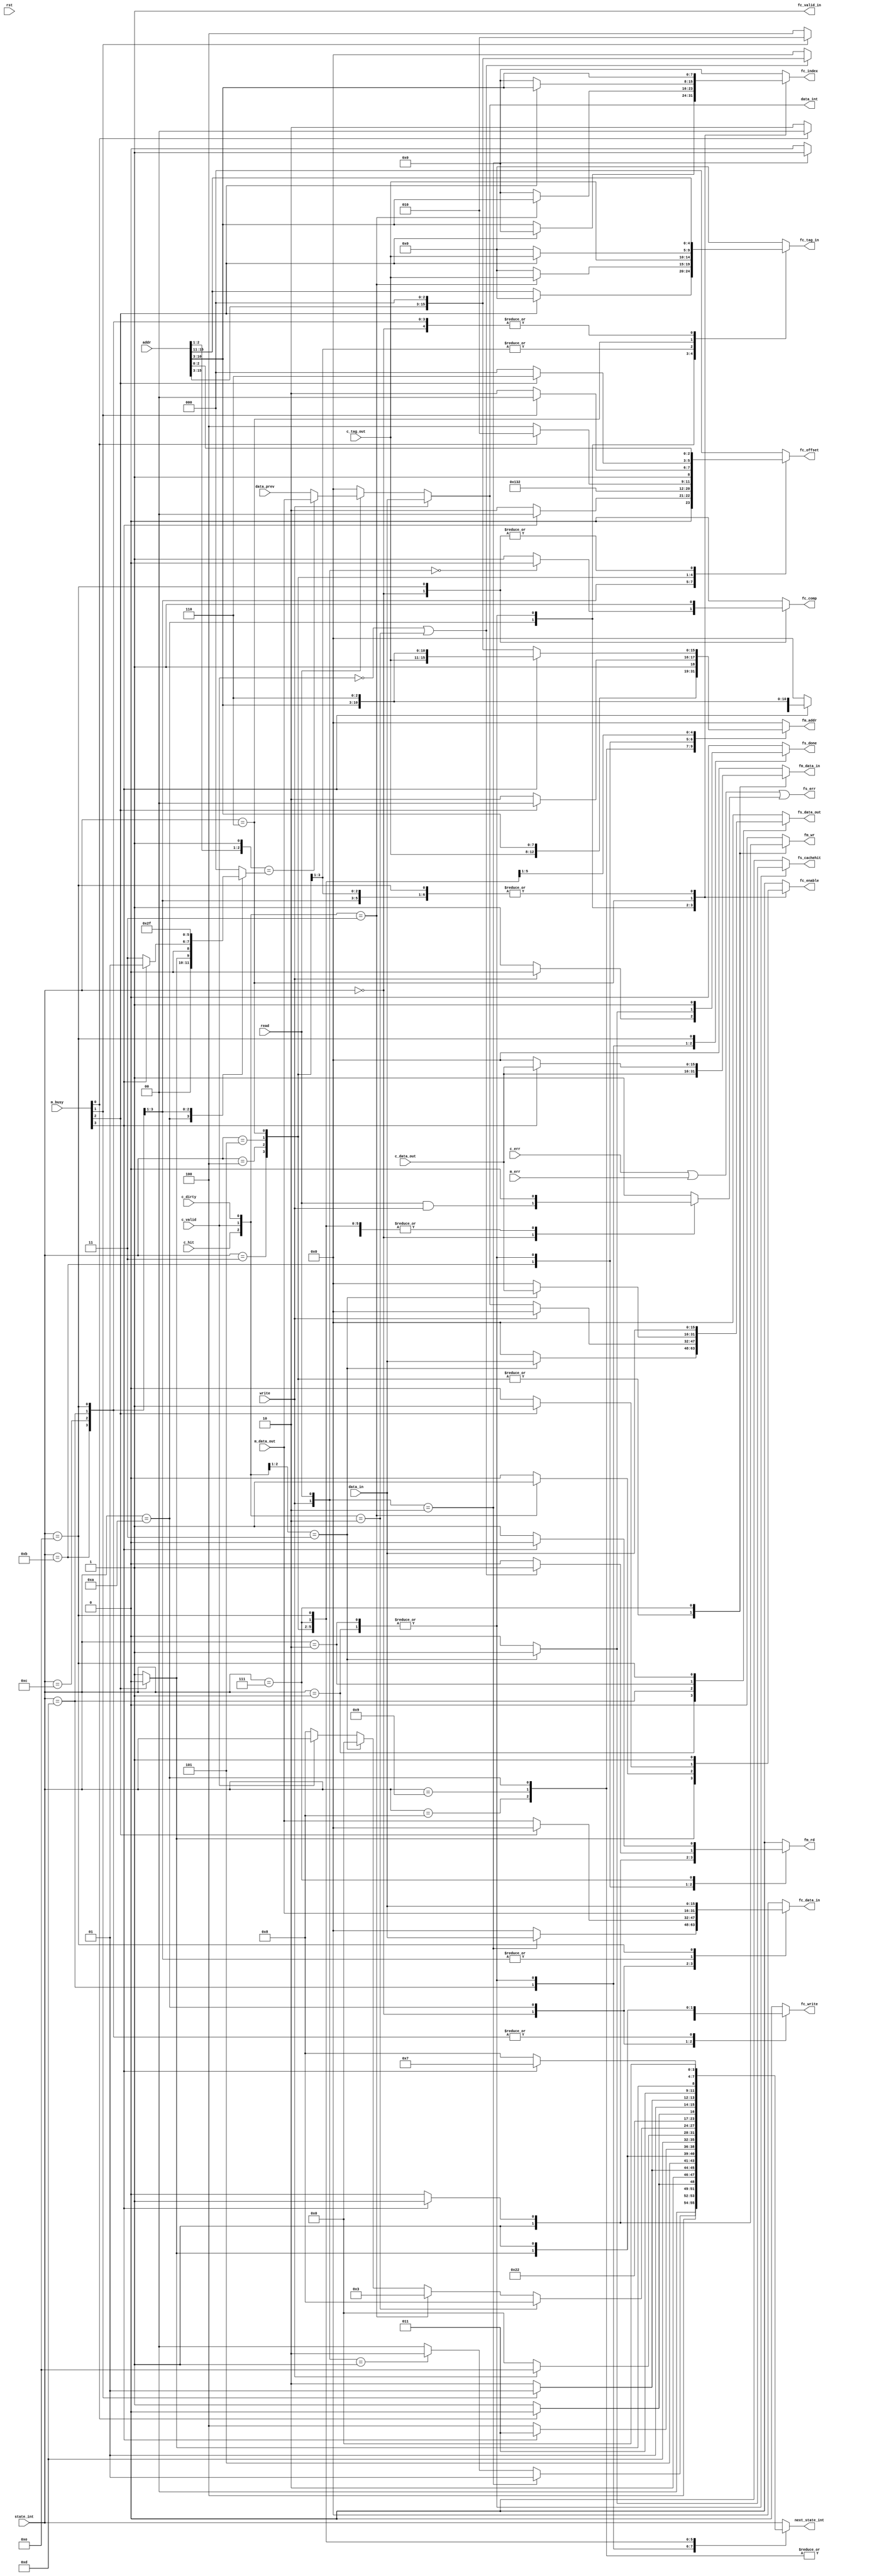
module cache_fsm_wrapper(
		// Inputs
		addr,data_in,read,write,rst,
		c_tag_out,c_data_out,c_hit,c_dirty,c_valid,c_err,
		m_data_out,m_busy,m_err,state_int,data_prev,

		// Outputs	
		fc_enable,fc_tag_in,fc_index,fc_offset,fc_data_in,fc_comp,fc_write,fc_valid_in,
		fm_addr,fm_data_in,fm_wr,fm_rd,
		fs_data_out,fs_done,fs_cachehit,fs_err,next_state_int,data_int
	);

	//initial begin
	//	 $monitor("err=%d values = %d%d%d \n", fs_err, c_hit, c_valid, c_dirty );
	//end
	
	// Inputs
	input [15:0] addr,data_in,c_data_out,m_data_out;
	input [4:0] c_tag_out;
	input [3:0] m_busy;
	input c_hit,c_dirty,c_valid,c_err,m_err,read,write,rst;
		
	// Outputs	
	output reg [15:0] fm_addr,fm_data_in,fs_data_out,fc_data_in;
	output reg [7:0] fc_index;
	output reg [4:0] fc_tag_in;
	output reg [2:0] fc_offset;
	output reg fc_enable,fc_comp,fc_write,fc_valid_in,fm_wr,fm_rd,fs_done,fs_cachehit;

	// Outputs not in case statement
	output fs_err;
	
	// Internal regs and wires
	reg [2:0] read_offset;
	reg [3:0] state,next_state;
	input [3:0] state_int;
	output [3:0] next_state_int;
	reg f_err;

	//Intermediate
	input [15:0] data_prev;
	output [15:0] data_int;
	/*
	* _______STATE_KEY______
	*
	* 	IDLE :		0000
	* 	COMP_WRITE : 	0001
	* 	COMP_READ : 	0010
	* 	EVICT_1 :	0011
	* 	EVICT_2 :	0100
	* 	EVICT_3 :	0101
	* 	EVICT_4 :	0110
	* 	EVICT_5 :	0111
	* 	MEM_ACC_1 : 	1000
	* 	MEM_ACC_2 :	1001
	* 	MEM_ACC_3 :	1010
	* 	MEM_ACC_4 :	1011
	* 	MEM_ACC_5 :	1100
	* 	MEM_ACC_6 :	1101
	* 	ACC_WRITE :     1110
	*/

        assign data_int = write ? data_in : 
			  ~read ? 16'd0 :
			  ({addr[2:1],1'b1} == read_offset) ? m_data_out :
			  data_prev;

	//assign state_int = state;
	assign next_state_int = next_state;
	
	assign fs_err = c_err | m_err | f_err;

	always@(*) begin	
		
		// Set to default, only change necessary
		fm_addr 	= 16'd0;
		fm_data_in	= 16'd0;
		fc_data_in	= 16'd0;
		fc_index	= 8'd0;
		fc_tag_in	= 5'd0;
		fc_offset	= 3'd0;
		fc_enable	= 1'b0;
		fc_comp		= 1'b0;
		fc_write	= 1'b0;
		fc_valid_in	= 1'b1; // Should always be valid execpt on reset
		fm_wr		= 1'b0;
		fm_rd		= 1'b0;
		fs_done		= 1'b0;
		fs_cachehit	= 1'b0;
		fs_data_out	= 16'd0;
		f_err		= 1'b0;
		read_offset 	= 3'b000;
		
		state = state_int;	
		next_state = state;
		case(state)
			4'b0000://IDLE
			begin
				next_state = ({write, read} == 2'b10) ? 4'b0001
					: ({write, read} == 2'b01) ? 4'b0010 
					: 4'b0000;

				fc_comp = ({write, read} == 2'b00) ? 1'b0 : 1'b1;
				fc_write = ({write, read} == 2'b10) ? 1'b1 : 1'b0;
				fc_enable = 1'b1;
				fc_offset = addr[2:0];
				fc_index = addr[10:3];
				fc_tag_in = addr[15:11];
				fc_data_in = ({write, read} == 2'b10) ? data_in : 16'd0;
				f_err = read & write;
			end

			4'b0001://COMP_WRITE
			begin
				next_state = ({c_hit, c_valid, c_dirty} == 3'b010) ? 4'b1000
					: ({c_hit, c_valid, c_dirty} == 3'b011) ? 4'b0011
					: ({c_hit, c_valid} == 2'b11) ? 4'b0000
					: (c_valid == 1'b0) ? 4'b1000 
					: state;	
				fs_done = ({c_hit, c_valid} == 2'b11) ? 1'b1 : 1'b0;
				fs_cachehit = ({c_hit, c_valid} == 2'b11) ? 1'b1 : 1'b0;
				fs_data_out = ({c_hit, c_valid} == 2'b11) ? data_in : 16'd0;
				fm_rd = ((c_valid == 1'b0) | ({c_hit, c_valid, c_dirty} == 3'b010)) ? 1'b1 : 1'b0;
				fm_addr = ((c_valid == 1'b0) | ({c_hit, c_valid, c_dirty} == 3'b010)) ? {addr[15:3], 3'b000}  : 16'd0;
				
				// Read from cache word 0
				fc_enable = ({c_hit, c_valid, c_dirty} == 3'b011) ? 1'b1 : 1'b0;
				fc_tag_in = ({c_hit, c_valid, c_dirty} == 3'b011) ? c_tag_out : 3'd0;
				fc_index = ({c_hit, c_valid, c_dirty} == 3'b011) ? addr[10:3] : 8'd0;
			end	

			4'b1000: // MEM_ACC_1
			begin
				fm_wr = 1'b0;
				fm_rd = 1'b1;
				
				next_state = (m_busy[0]) ? 4'b1000 : 4'b1001;
				fm_addr = (m_busy[0]) ? {addr[15:3], 3'b000} : {addr[15:3], 3'b010};
			end

			4'b1001://MEM_ACC_2
			begin
				fm_wr = 1'b0;
				fm_rd = 1'b1;
				
				next_state = (m_busy[1]) ? 4'b1001 : 4'b1010;
				fm_addr = (m_busy[1]) ? {addr[15:3], 3'b010} : {addr[15:3], 3'b100};
			end

			4'b1010://MEM_ACC_3
			begin
				fm_wr = 1'b0;
				fm_rd = 1'b1;
				
				next_state = (m_busy[2]) ? 4'b1010 : 4'b1011;
				fm_addr = (m_busy[2]) ? {addr[15:3], 3'b100} : {addr[15:3], 3'b110};
				
				fc_enable = (m_busy[2]) ? 1'b0 : 1'b1;
				fc_write = (m_busy[2]) ? 1'b0 : 1'b1;
				fc_tag_in = (m_busy[2]) ? 5'd0 : addr[15:11];
				fc_index = (m_busy[2]) ? 8'd0 : addr[10:3];
				fc_data_in = (m_busy[2]) ? 16'd0 : m_data_out;//writing word 0 in cache
				read_offset = (m_busy[2]) ? 3'b000 : 3'b001;
			end

			4'b1011://MEM_ACC_4
			begin
				fm_rd = (m_busy[3]) ? 1'b1 : 1'b0;
				
				next_state = (m_busy[3]) ? 4'b1011 : 4'b1100;
				fm_addr = (m_busy[3]) ? {addr[15:3], 3'b110} : 16'd0;
				
				fc_enable = 1'b1;
				fc_write = 1'b1;
				fc_tag_in = addr[15:11];
				fc_index = addr[10:3];
				fc_offset = (m_busy[3]) ? 3'b000 : 3'b010;
				fc_data_in = m_data_out;//writing word in cache
				read_offset = (m_busy[3]) ? 3'b001 : 3'b011;
			end

			4'b1100://MEM_ACC_5
			begin
				next_state = 4'b1101;//MEM_ACC_6
				fc_enable = 1'b1;
				fc_write = 1'b1;
				fc_offset = 3'b100;
				fc_tag_in = addr[15:11];
				fc_index = addr[10:3];
				fc_data_in = m_data_out; //writing word 2 in cache
				read_offset = 3'b101;

			end
			
			4'b1101://MEM_ACC_6
			begin
				fc_enable = 1'b1;
				fc_write = 1'b1;
				fc_offset = 3'b110;
				fc_tag_in = addr[15:11];
				fc_index = addr[10:3];
				fc_data_in = m_data_out; //writing word 3 in cache
				read_offset = 3'b111;
				
				fs_done = (write) ? 1'b0 : 1'b1;
				next_state = (write) ? 4'b1110 : 4'b0000;
				fs_data_out = (write) ? 16'd0 : data_int;
			end


			4'b0010://COMP_READ
			begin
				next_state = ({c_hit, c_valid, c_dirty} == 3'b010) ? 4'b1000
					: ({c_hit, c_valid, c_dirty} == 3'b011) ? 4'b0011
					: ({c_hit, c_valid} == 2'b11) ? 4'b0000
					: (c_valid == 1'b0) ? 4'b1000 
					: state;	
				fs_done = ({c_hit, c_valid} == 2'b11) ? 1'b1 : 1'b0;
				fs_cachehit = ({c_hit, c_valid} == 2'b11) ? 1'b1 : 1'b0;
				fs_data_out = ({c_hit, c_valid} == 2'b11) ? c_data_out : 16'd0;
				fm_rd = ((c_valid == 1'b0) | ({c_hit, c_valid, c_dirty} == 3'b010)) ? 1'b1 : 1'b0;
				fm_addr = ((c_valid == 1'b0) | ({c_hit, c_valid, c_dirty} == 3'b010)) ? {addr[15:3], 3'b000}  : 16'd0;
				
				// Read from cache word 0
				fc_enable = ({c_hit, c_valid, c_dirty} == 3'b011) ? 1'b1 : 1'b0;
				fc_tag_in = ({c_hit, c_valid, c_dirty} == 3'b011) ? c_tag_out : 3'd0;
				fc_index = ({c_hit, c_valid, c_dirty} == 3'b011) ? addr[10:3] : 8'd0;
			end

			4'b0011: // EVICT_1
			begin
				next_state = 4'b0100; // EVICT_2
				fc_enable = 1'b1;
				fc_index = addr[10:3];
				fc_tag_in = c_tag_out;
				fc_offset = 3'b010; // Read word 1
				
				// Write to mem
				fm_wr = 1'b1;
				fm_rd = 1'b0;
				fm_addr = {c_tag_out, addr[10:3], 3'b000}; // bank 0
				fm_data_in = c_data_out;
			end


			4'b0100: // EVICT_2
			begin
				next_state = m_busy[0] ? 4'b0100 : 4'b0101;
				fc_enable = 1'b1;
				fc_index = addr[10:3];
				fc_tag_in = c_tag_out;
				fc_offset = m_busy[0] ? 3'b010 : 3'b100;
				
				fm_wr = 1'b1;
				fm_rd = 1'b0;
				fm_addr = m_busy[0] ?  {c_tag_out, addr[10:3], 3'b000} :  // bank 0
					{c_tag_out, addr[10:3], 3'b010}; // bank 1
				fm_data_in = c_data_out;
			end	
			
			4'b0101: // EVICT_3
			begin
				next_state = (m_busy[1]) ? 4'b0101 : 4'b0110;
				fc_enable = 1'b1;
				fc_index = addr[10:3];
				fc_tag_in = c_tag_out;
				fc_offset = (m_busy[1]) ? 3'b100 : 3'b110; 
				
				// Write to mem
				fm_wr = 1'b1;
				fm_addr = (m_busy[1]) ? {c_tag_out, addr[10:3], 3'b010} : {c_tag_out, addr[10:3], 3'b100}; 
				fm_data_in = c_data_out;
			end

			4'b0110: // EVICT_4
			begin
				next_state = (m_busy[2]) ? 4'b0110 : 4'b0111;
				fc_enable = (m_busy[2]) ? 1'b1 : 1'b0;
				fc_index = (m_busy[2]) ? addr[10:3] : 8'd0;
				fc_tag_in = (m_busy[2]) ? c_tag_out : 5'd0;
				fc_offset = (m_busy[2]) ? 3'b110 : 3'b000; 
				
				// Write to mem
				fm_wr = 1'b1;
				fm_addr = (m_busy[2]) ? {c_tag_out, addr[10:3], 3'b100} : {c_tag_out, addr[10:3], 3'b110}; 
				fm_data_in = c_data_out;
			end

			4'b0111: // EVICT_5
			begin
				next_state = (m_busy[3]) ? 4'b0111 : 4'b1000;
				fm_wr = (m_busy[3]) ? 1'b1 : 1'b0;
				fm_rd = (m_busy[3]) ? 1'b0 : 1'b1;
				fm_addr = (m_busy[3]) ? {c_tag_out, addr[10:3], 3'b110} : {addr[15:3], 3'b000};
				fm_data_in = (m_busy[3]) ? c_data_out : 16'd0;
			end

			4'b1110: // ACC_WRITE
			begin
				next_state = 4'b0000;
				fc_comp = 1'b1;
				fc_write = 1'b1;
				fc_enable = 1'b1;
				fc_offset = addr[2:0];
				fc_index = addr[10:3];
				fc_tag_in = addr[15:11];
				fc_data_in = data_in;
				fs_done = 1'b1;
				fs_data_out = data_in;
			end	


			default://DEFAULT to IDLE (Never reached)
			begin
				f_err = 1'b1;
			end
		endcase
	end	
endmodule